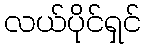
လယ်ပိုင်ရှင်